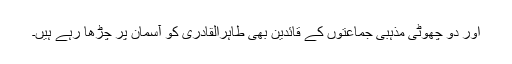
اور دو چھوٹی مذہبی جماعتوں کے قائدین بھی طاہراُلقادری کو آسمان پر چڑھا رہے ہیں۔